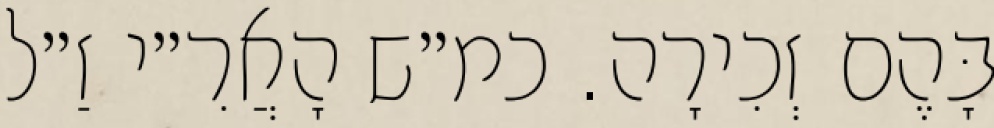
בָּהֶם זְכִירָה. כמ״ש הָאֲרִ״י זַ״ל